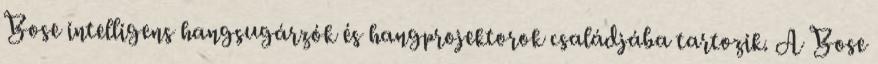
Bose intelligens hangsugárzók és hangprojektorok családjába tartozik. A Bose